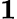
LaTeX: \mathbf{1}